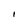
Character: I